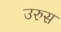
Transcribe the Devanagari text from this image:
उरुस